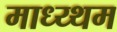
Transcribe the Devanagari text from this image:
माध्य्थम